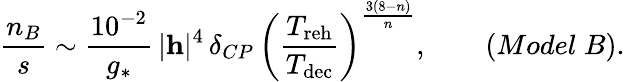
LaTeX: \frac{n_{B}}{s}\sim\frac{10^{-2}}{g_{*}}\, \vert{\mathbf h}\vert^{4}\, \delta_{CP}\, \left(\frac{T_{\mathrm{reh}}}{T_{\mathrm{dec}}}\right)^{\frac{3(8-n)}{n}},\qquad(Model\; B).